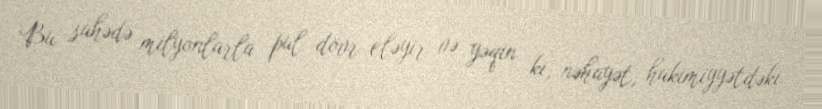
Bu sahədə milyonlarla pul dövr eləyir və yəqin ki, nəhayət, hakimiyyətdəki